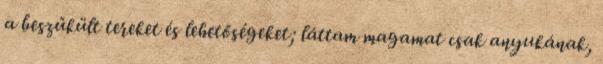
a beszűkült tereket és lehetőségeket; láttam magamat csak anyukának,